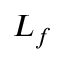
L _ { f }